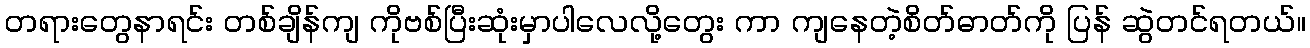
တရားတွေနာရင်း တစ်ချိန်ကျ ကိုဗစ်ပြီးဆုံးမှာပါလေလို့တွေး ကာ ကျနေတဲ့စိတ်ဓာတ်ကို ပြန် ဆွဲတင်ရတယ်။